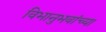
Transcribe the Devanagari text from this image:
विभानुभवांच्या